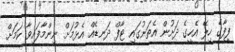
ފީފާގެ ހިލޭ އެހީގެ ދަށުން އެތަނުގައި ޓާފް ދަނޑެއް އެޅުމަށް ނިންމާފައިވާ ކަމަށް